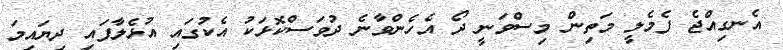
އެނގިއްޖެ ފެމެލީ މަތިން މިސްވަނީ ދޯ އެހެންވާނެ ދުވަސްކޮޅަކު އެކުގައި އުޅެލާފައި ދިޔައިމަ